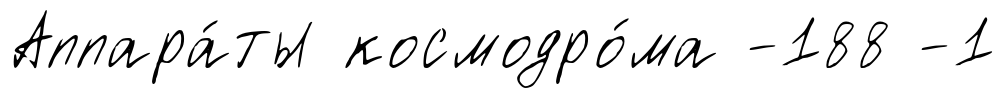
Аппара́ты космодро́ма -188 -1